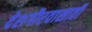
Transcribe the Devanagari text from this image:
देशगौरवासाठी